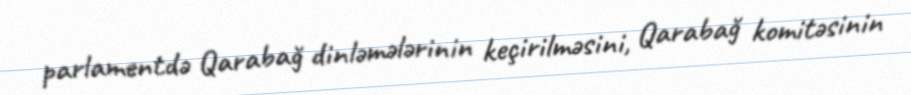
parlamentdə Qarabağ dinləmələrinin keçirilməsini, Qarabağ komitəsinin